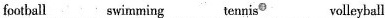
football swimming tennis volleyball